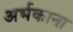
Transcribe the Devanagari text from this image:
अर्भकाना